Report on sanitation, dispensaries, and jails in Rajputana for 1910, and on vaccination for the year 1910-1911 - 1910-1911
Year: 1910
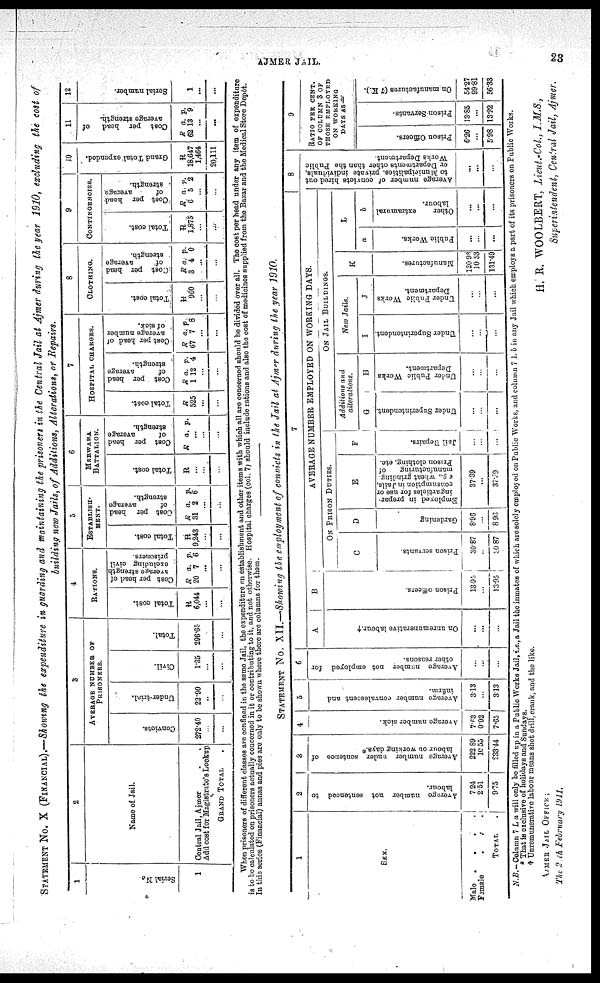
AJMER JAIL.
23
STATEMENT No. X (FINANCIAL).—Showing the expenditure in guarding and maintaining the prisoners in the Central Jail at Ajmer during the year 1910, excluding the cost of
building new Jails, of Additions, Alterations, or Repairs.
1
Serial
No.
1
2
Name of Jail.
Central Jail,Ajmer
Add cost for Magistrate's Lookup
Grand Total
3
AVERAGE NUMBER OF
PRISONERS.
Convicts.
272.40
...
...
Under-tidal.
22.90
..
...
Civil.
1.35
...
...
Total.
296.65
...
...
4
RATIONS.
Total cost.
R
6,044
...
...
Cost per head of
average strength
excluding civil
prisoners.
R
20
a.
7
p.
6
...
...
5
ESTIBLISH-
----.
Total cost.
R
9,243
...
...
Cost per head
of
average
strength.
R
31
a.
2
p.
6
...
...
6
MERWARA
BATTALION.
Total cost.
R
...
...
...
Cost per head
of
average
strength.
R a. p.
...
...
...
7
HOSPITAL CHARGES.
Total cost.
R
525
...
...
Cost per head
of
average
strength.
R
1
a.
12
p.
4
...
...
Cost per head of
average number
of sick.
R
67
a.
7
p.
8
...
...
8
CLOTHING.
Total cost.
R
960
...
...
Cost per head
of
average
strength.
R
3
a.
4
p.
0
...
...
9
CONTINGENCIES.
Total cost.
R
1,875
...
...
Cost per head
of
average
strength.
R
6
a.
5
p.
2
...
...
10
Grand Total expended.
R
18,647
1,464
20,111
11
Cost per head of
average strength.
R
62
a.
13
P.
9
...
...
12
Serial number.
1
...
...
When prisoners of different classes are confined in the same Jail, the expenditure on establishment and other items with which all are concerned should be divided over all. The cost
is to be calculated on prisoners actually concerned in it or contributing to it, and not otherwise. Hospital charges (col. 7; should include rations and also the cost of medicines supplied from the Bazar and the Medical Store Depôt.
In this series (Financial) annas and pies are only to be shown where there are columns for them.
STATEMENT No. XII.—Showing the employment of convicts in the Jail at Ajmer during the year 1910.
1
SEX.
Male .
.
. .
Famale
.
.
.
TOTAL
.
2
Average number not sentenced to
labour.
7.24
2.51
9.75
3
Average number under sentence of
labour on working days.*
222.89
10.55
233.44
4
Average number sick.
7.63
0.02
7.65
5
Average number convalescent and
infirm.
3.13
...
3.13
6
Average number not employed for
other reasons.
...
...
...
7
A
On unremunerative labour.†
...
...
...
B
Prison officers.
13.95
...
13.95
AVERAGE NUMBER EMPLOYED ON WORKING DAYS.
ON PRISON DUTIES.
C
Prison sei-vunta.
30.87
...
30.87
D
Gardening
8.96
...
8.96
E
Employed in prepar-
ingarticles for use or
consumption in Jails,
e g., wheat grinding,
manufacturing
of
Prison clothing, etc.
37.39
...
37.39
F
Jail Repairs.
...
....
...
ON JAIL BUILDINGS.
Additions and
alterations.
G
Under Superintendent.
...
...
H
Under Public Works
Department.
...
...
...
New Jails.
I
Under Superintendent.
...
...
...
J
Under Public Works
Department.
...
...
K
Manufactures.
120.96
10.53
131.49
L
a
Public Works.
..
...
...
b
Other
extramural
labour.
...
...
...
8
Average number of convicts hired out
to Municipalities, private individuals,
or Departments other than the Public
Works Department.
...
...
...
9
RATIO PER CENT.
OF COLUMN 3 OF
THOSE EMPLOYED
ON WORKING
DAYS AS —
Prison Officers.
6.26
...
5.98
Prison Servants.
13.85
...
13.22
On manufactures (7 K.).
54.27
99.81
56.33
N.B.—Column 7 L a will only be filled up in a Public Works Jail, i.e., a Jail the inmates of which are solely employed on Public Works, and column 7 L b in any Jail which employs a part of its prisoners on Public Works.
* That is exclusive of holidays and Sundays.
† Unremunerative labour means shot drill. crank, and the like.
H. R. WOOLBERT, Lieut.-Col., I.M.S.,
Superintendent, Central Jail, Ajmer.
AJMER JAIL OFFICE ;
The 20th February 1911.